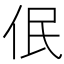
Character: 𪜳